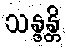
သန္ဒန္တိ